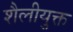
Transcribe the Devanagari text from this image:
शैलीयुक्त